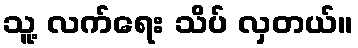
သူ့ လက်ရေး သိပ် လှတယ်။